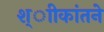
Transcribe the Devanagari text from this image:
श्ाीकांतने